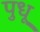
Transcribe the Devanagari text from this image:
पुधू